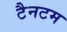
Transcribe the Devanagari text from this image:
टैनटम